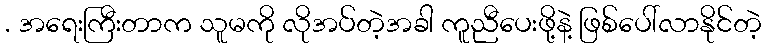
. အရေးကြီးတာက သူမကို လိုအပ်တဲ့အခါ ကူညီပေးဖို့နဲ့ ဖြစ်ပေါ်လာနိုင်တဲ့